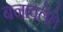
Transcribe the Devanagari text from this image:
बनावलेले